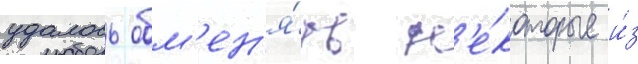
удалось обм'ен'я́ть н'е́которые и́з